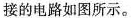
接的电路如图所示。